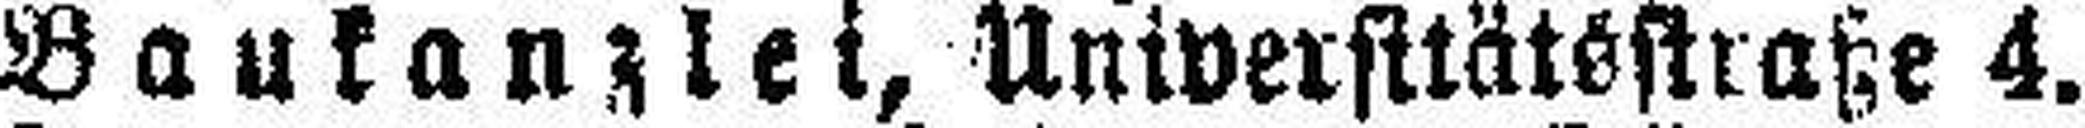
Baukanzlei, Universitätsstraße 4.